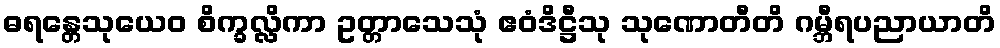
ဓရန္တေသုယေဝ စိက္ခလ္လိကာ ဥတ္တာသေသုံ ဧဝံဒိဋ္ဌီသု သုဏောတီတိ ဂမ္ဘီရပညာယာတိ